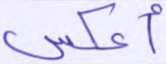
أعكس